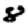
Digit: 8